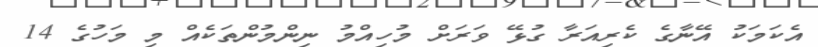
އެކަމަކު އޭނާގެ ކެރިއަރާ ގުޅޭ ވަރަށް މުހިއްމު ނިންމުންތަކެއް މި މަހުގެ 14